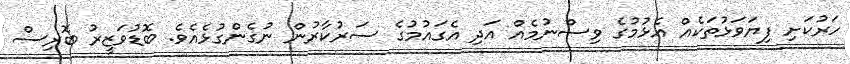
ހަރުކަށި ފިޔަވަޅުތަކެއް އެޅުމުގެ ވިސްނުމެއް އަދި އެގައުމުގެ ސަރުކާރުން ނުގެންގުޅެއެވެ. ބޮޑުވަޒީރު ބޮރިސް